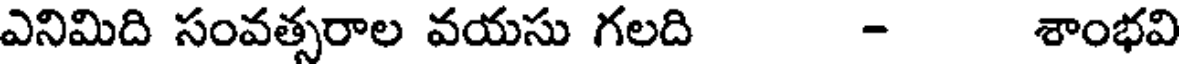
ఎనిమిది సంవత్సరాల వయసు గలది - శాంభవి